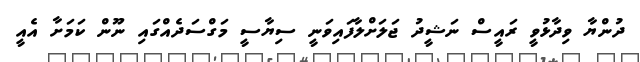
ދުންޔާ ވިދާޅުވީ ރައީސް ނަޝީދު ޖަލަށްލާފައިވަނީ ސިޔާސީ މަގްސަދެއްގައި ނޫން ކަމަށާ އެއީ